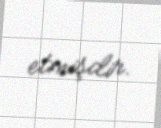
etmişdir.